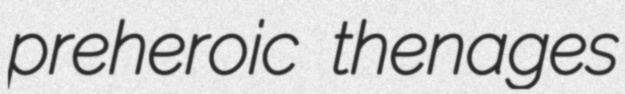
preheroic thenages